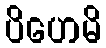
ပိဟေမိ